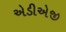
એડીએજી